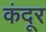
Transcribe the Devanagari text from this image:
कंदूर